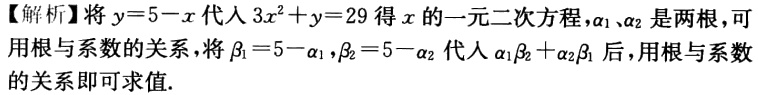
【解析】将\(y = 5 - x\)代入\(3x^{2}+y = 29\)得\(x\)的一元二次方程，\(\alpha_{1}\)、\(\alpha_{2}\)是两根，可用根与系数的关系，将\(\beta_{1}=5 - \alpha_{1}\)，\(\beta_{2}=5 - \alpha_{2}\)代入\(\alpha_{1}\beta_{2}+\alpha_{2}\beta_{1}\)后，用根与系数的关系即可求值.